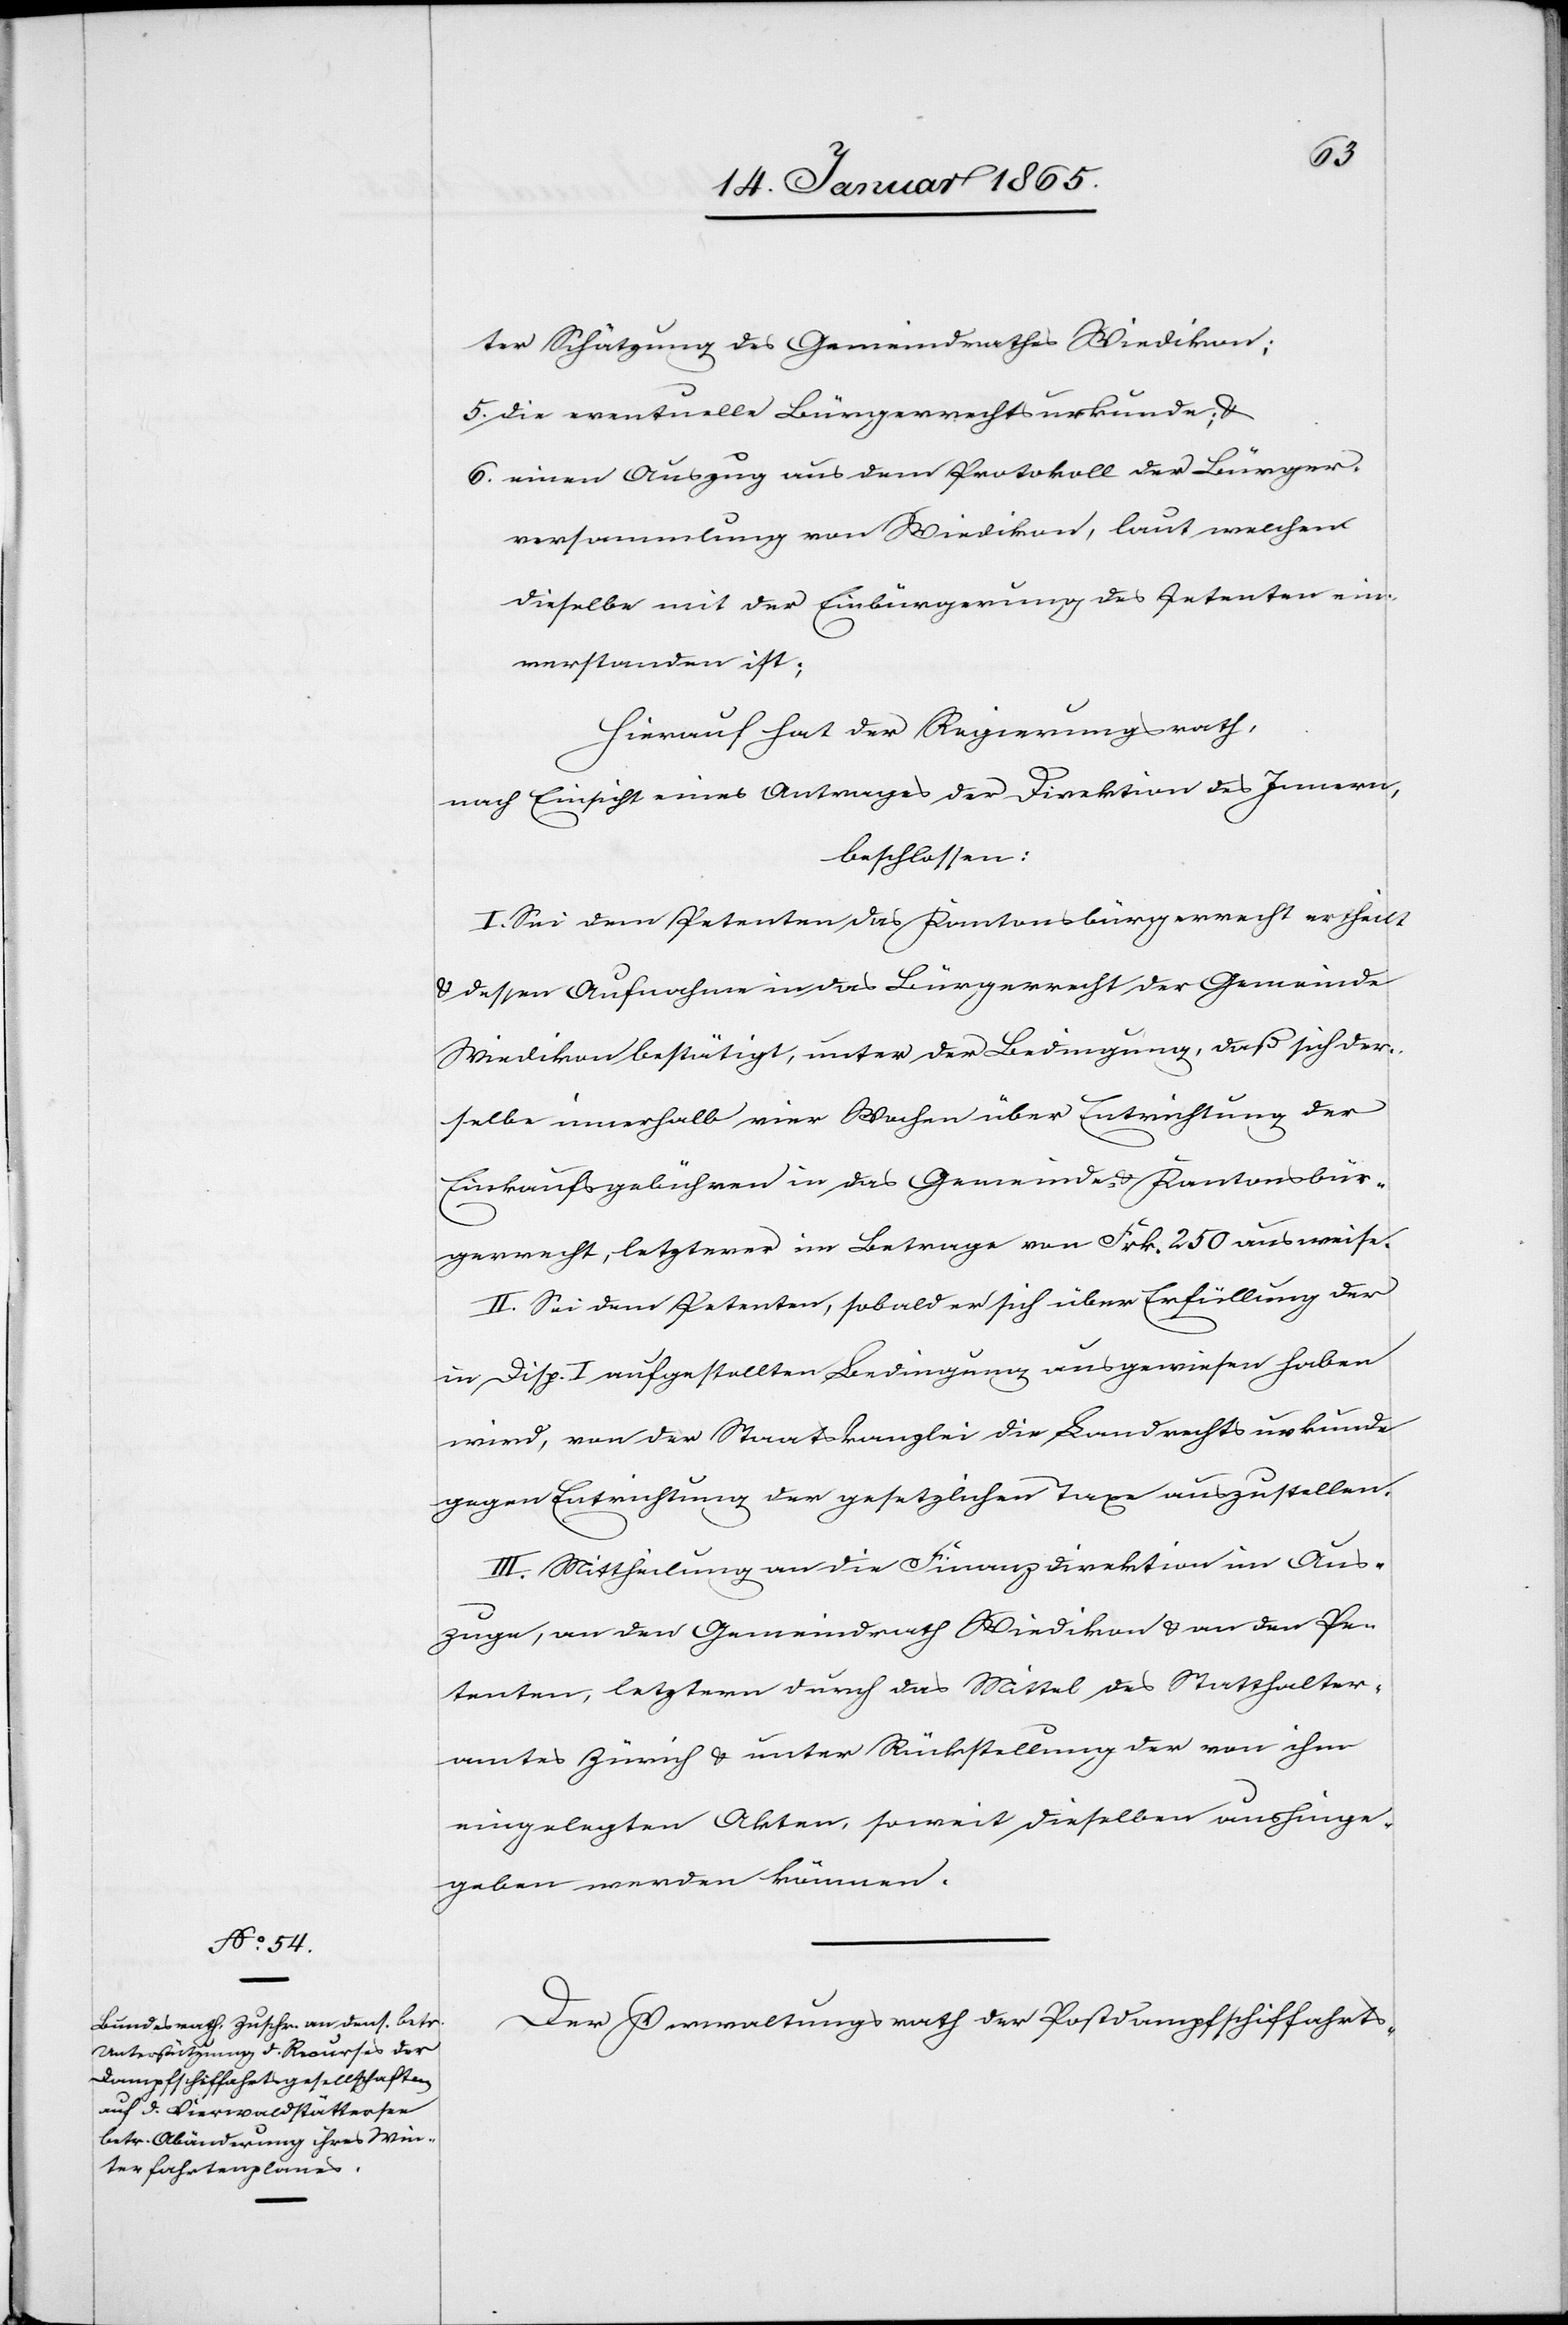
ter Schätzung des Gemeindrathes Wiedikon;
5. die eventuelle Bürgerrechtsurkunde; u.
6. einen Auszug aus dem Protokoll der Bürger¬
versammlung von Wiedikon, laut welchem
dieselbe mit der Einbürgerung des Petenten ein¬
verstanden ist;
Hierauf hat der Regierungsrath,
nach Einsicht eines Antrages der Direktion des Innern,
beschlossen:
I. Sei dem Petenten das Kantonsbürgerrecht ertheilt
u. dessen Aufnahme in das Bürgerrecht der Gemeinde
Wiedikon bestätigt, unter der Bedingung, daß sich der¬
selbe innerhalb vier Wochen über Entrichtung der
Einkaufsgebühren in das Gemeinde- u. Kantonsbür¬
gerrecht, letzterer im Betrage von Frk. 250 ausweise.
II. Sei dem Petenten, sobald er sich über Erfüllung der
in Disp. I aufgestellten Bedingung ausgewiesen haben
wird, von der Staatskanzlei die Landrechtsurkunde
gegen Entrichtung der gesetzlichen Taxe auszustellen.
III. Mittheilung an die Finanzdirektion im Aus¬
zuge, an den Gemeindrath Wiedikon u. an den Pe¬
tenten, letztern durch das Mittel des Statthalter¬
amtes Zürich u. unter Rückstellung der von ihm
eingelegten Akten, soweit dieselben aushinge¬
geben werden können.
Der Verwaltungsrath der Postdampfschiffahrts-